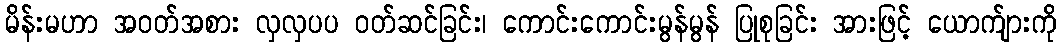
မိန်းမဟာ အဝတ်အစား လှလှပပ ဝတ်ဆင်ခြင်း၊ ကောင်းကောင်းမွန်မွန် ပြုစုခြင်း အားဖြင့် ယောက်ျားကို